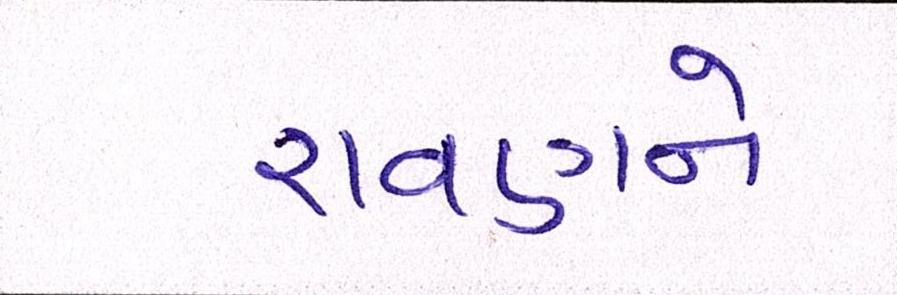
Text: રાવણને